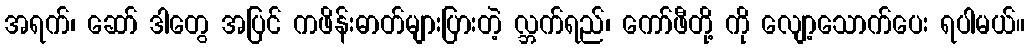
အရက်၊ ဆော် ဒါတွေ အပြင် ကဖိန်းဓာတ်များပြားတဲ့ လ္ဘက်ရည်၊ ကော်ဖီတို့ ကို လျော့သောက်ပေး ရပါမယ်။